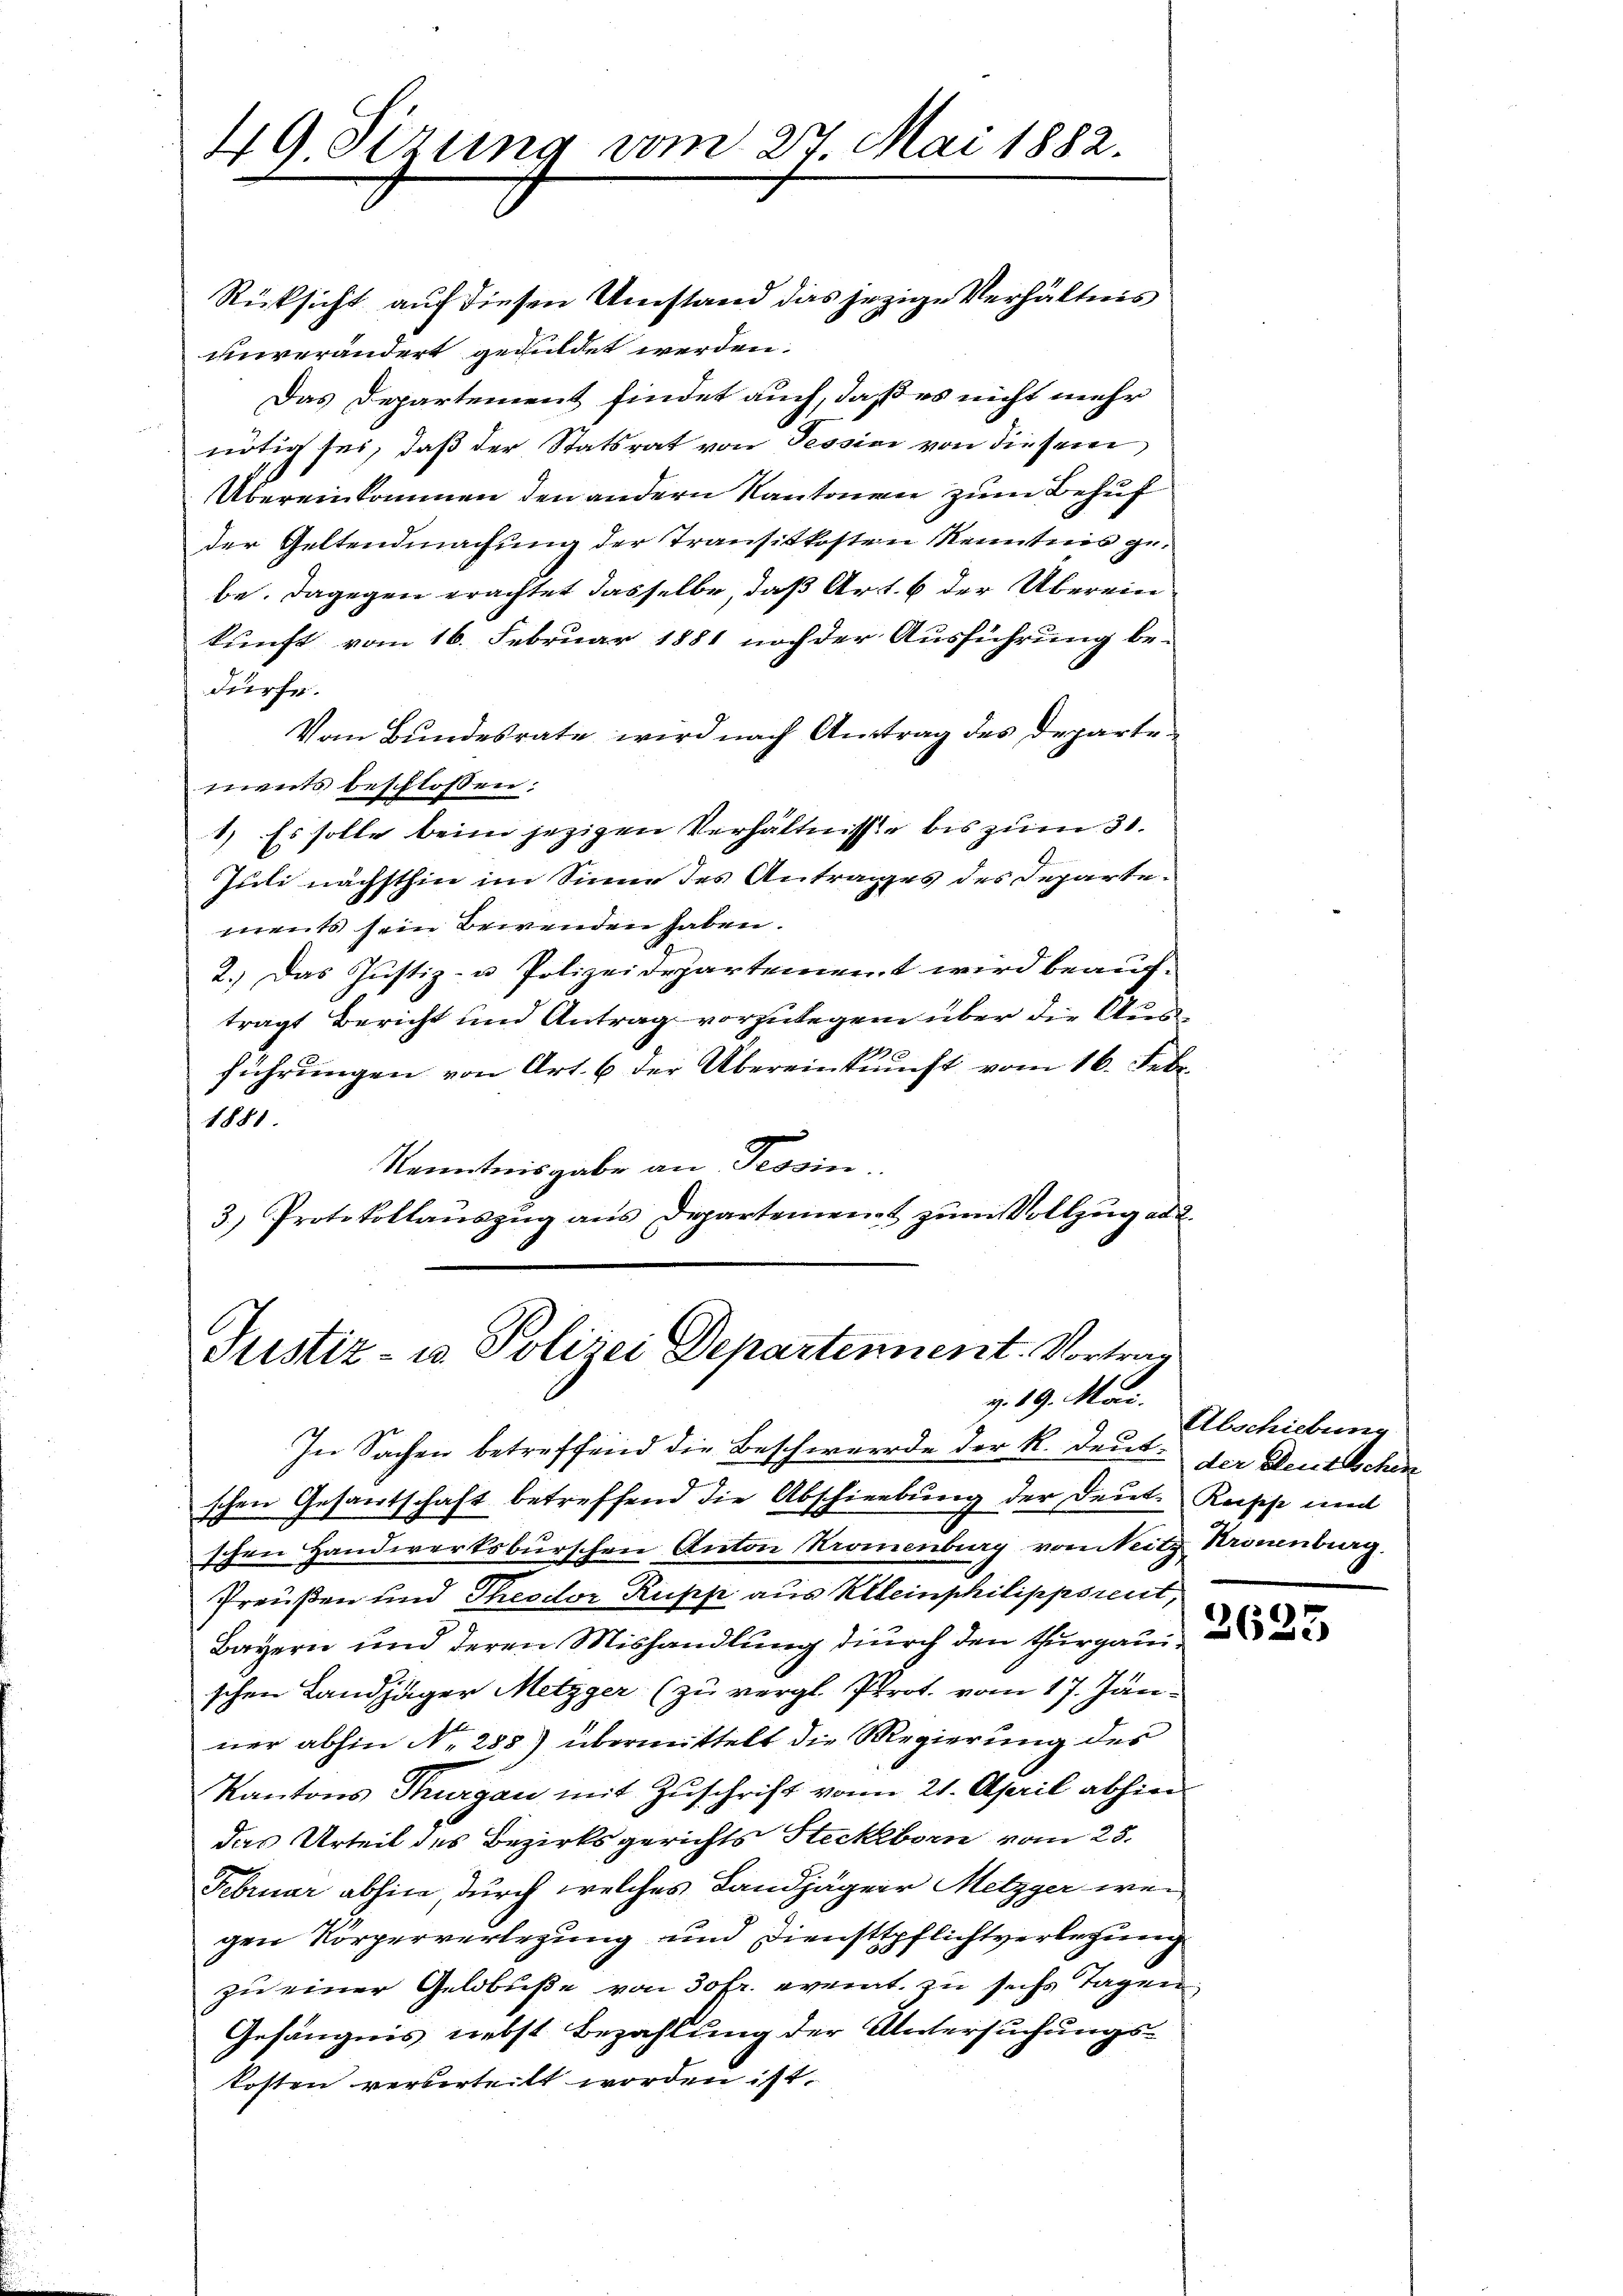
49 Sizung vom 27. Mai 1882.

Rücksicht auf diesen Umstand das jezige Verhältnis
unverändert geduldet werden.
Das Departement findet auch, daß es nicht mehr
nötig sei, daß der Statsrat von Tessini von diesem
Übereinkommen den andern Kantonen zum Behuf
der Geltendmachung der Transitkosten Kenntnis gebe. Dagegen erachtet dasselbe, daß Art. 6 der Überein
kunft vom 16. Februar 1881 noch der Ausführung be-
dürfe.
Vom Bundesrate wird nach Antrag des Departenmuts beschlossen:
1) Es solle beim jezigen Verhältnisse bis zum 30.
Juli nächsthin im Sinne des Antrages des Departements sein Bewenden haben.
2.) Das Justiz- u Polizeidepartement wird beauftragt Bericht und Antrag vorzulegen über die Ausführungen von Art. 6 der Übereinkunft vom 16. Febr.
1881
Kenntnisgabe an Tessin.
3.) Protokollaŭszŭg ans Departement zŭm Vollzŭg ad 2.

Justiz- u. Polizei Departennent. Vortrag
v. 19. Mai.

In Sachen betreffend die Beschwerde der K. Deut: der Deutschen
schen Gesantschaft betreffend die Abschiebung der Deut. Reische und
schen Handwerksburschen Anton Stromenburg von Seitz Krönenberg.
Preußen und Theodor Rupp aus Kleinphilippsreut,
Bayern und deren Mishandlung durch den Thurgau
schen Landjäger Metzger (zu vergl. Prot. vom 17. Jän-
ner abhin No 288) übermittelt die Regierung des
Kantons Thurgau mit Zuschrift vom 21. April abhin
das Urteil des Bezirksgerichts Steckborn vom 23.
Februar abhin, durch welches Landjäger Metzger weigen Körperverlegung und Diensttpflichtverlegung
zu einer Geldbuße von 30 fr. event zu sechs Tagen,
Gefängnis nebst Bezahlung der Untersuchungskosten verberteilt worden ist.

Abschiebung